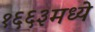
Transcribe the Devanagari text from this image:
१६६३मध्ये